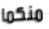
منكما